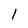
Character: l